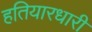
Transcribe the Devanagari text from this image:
हतियारधारी